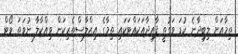
ތިމާއަށް ލިބިދާނެ ކުޑަ ވަގުތީ ފާއިދާއަކައްޓަކައި ތިމާގެ އިޙްލާސްތެރިކަން ވިއްކާލާ ނުވަތަ ވޯޓް